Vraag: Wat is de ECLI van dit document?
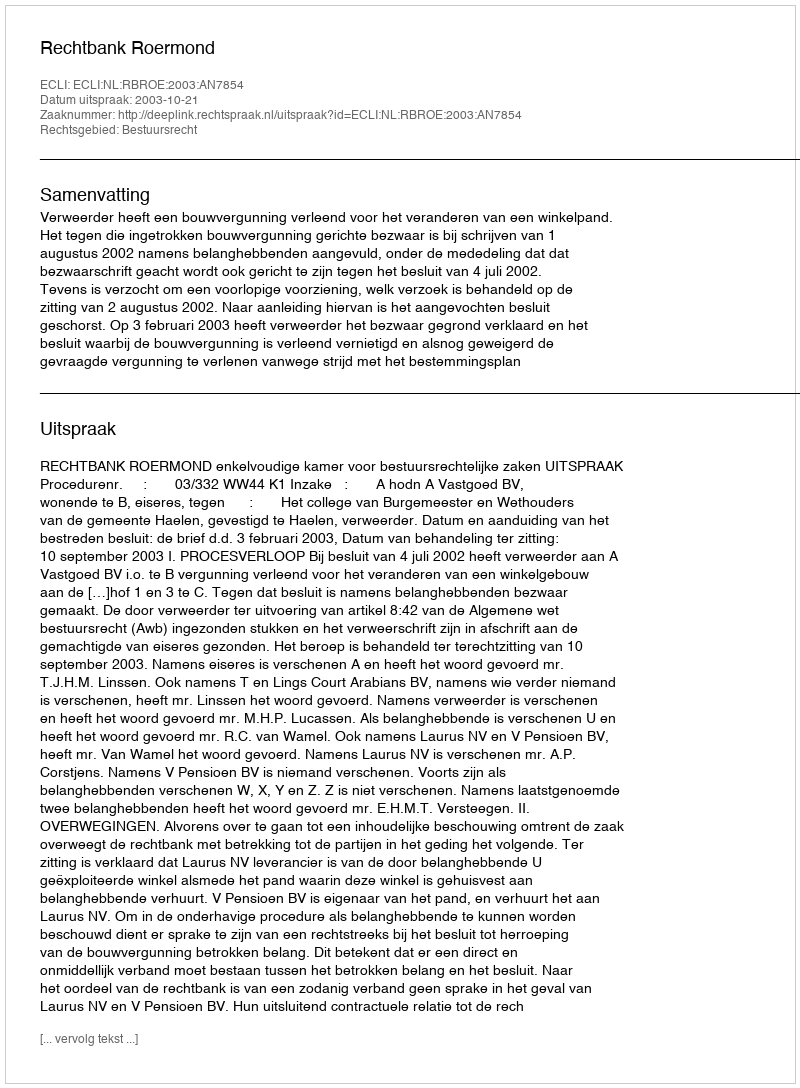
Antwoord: ECLI:NL:RBROE:2003:AN7854